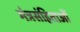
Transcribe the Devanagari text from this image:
मंत्रसंहिताओं